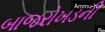
બાજરોખડની